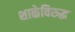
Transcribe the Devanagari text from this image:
शाळेविरुद्ध